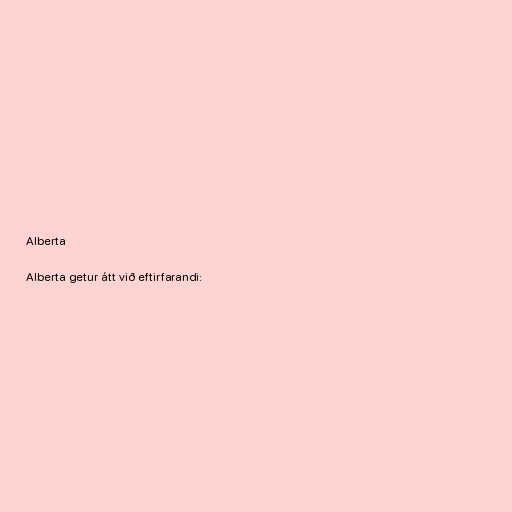
Alberta

Alberta getur átt við eftirfarandi: